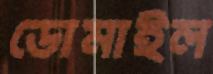
ডোমাইল